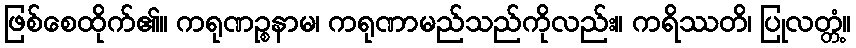
ဖြစ်စေထိုက်၏။ ကရုဏဉ္စနာမ၊ ကရုဏာမည်သည်ကိုလည်း။ ကရိဿတိ၊ ပြုလတ္တံ့။